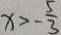
x > - \frac { 5 } { 3 }